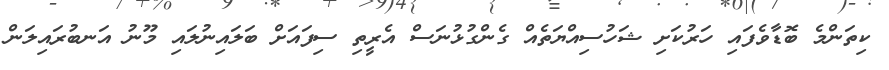
ކިތަންމެ ބޮޑާވެފައި ހަރުކަށި ޝަހުސިއްޔަތެއް ގެންގުޅުނަސް އެރީތި ސިފައަށް ބަލައިނުލައި މޫނު އަނބުރައިލަން